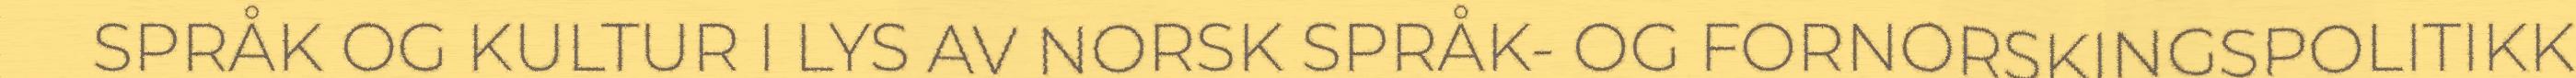
SPRÅK OG KULTUR I LYS AV NORSK SPRÅK- OG FORNORSKINGSPOLITIKK